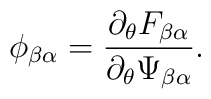
\phi_{\beta\alpha} = \frac{\partial_\theta F_{\beta\alpha}}{\partial_\theta \Psi_{\beta\alpha}}.